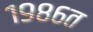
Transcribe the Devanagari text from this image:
१९८६त